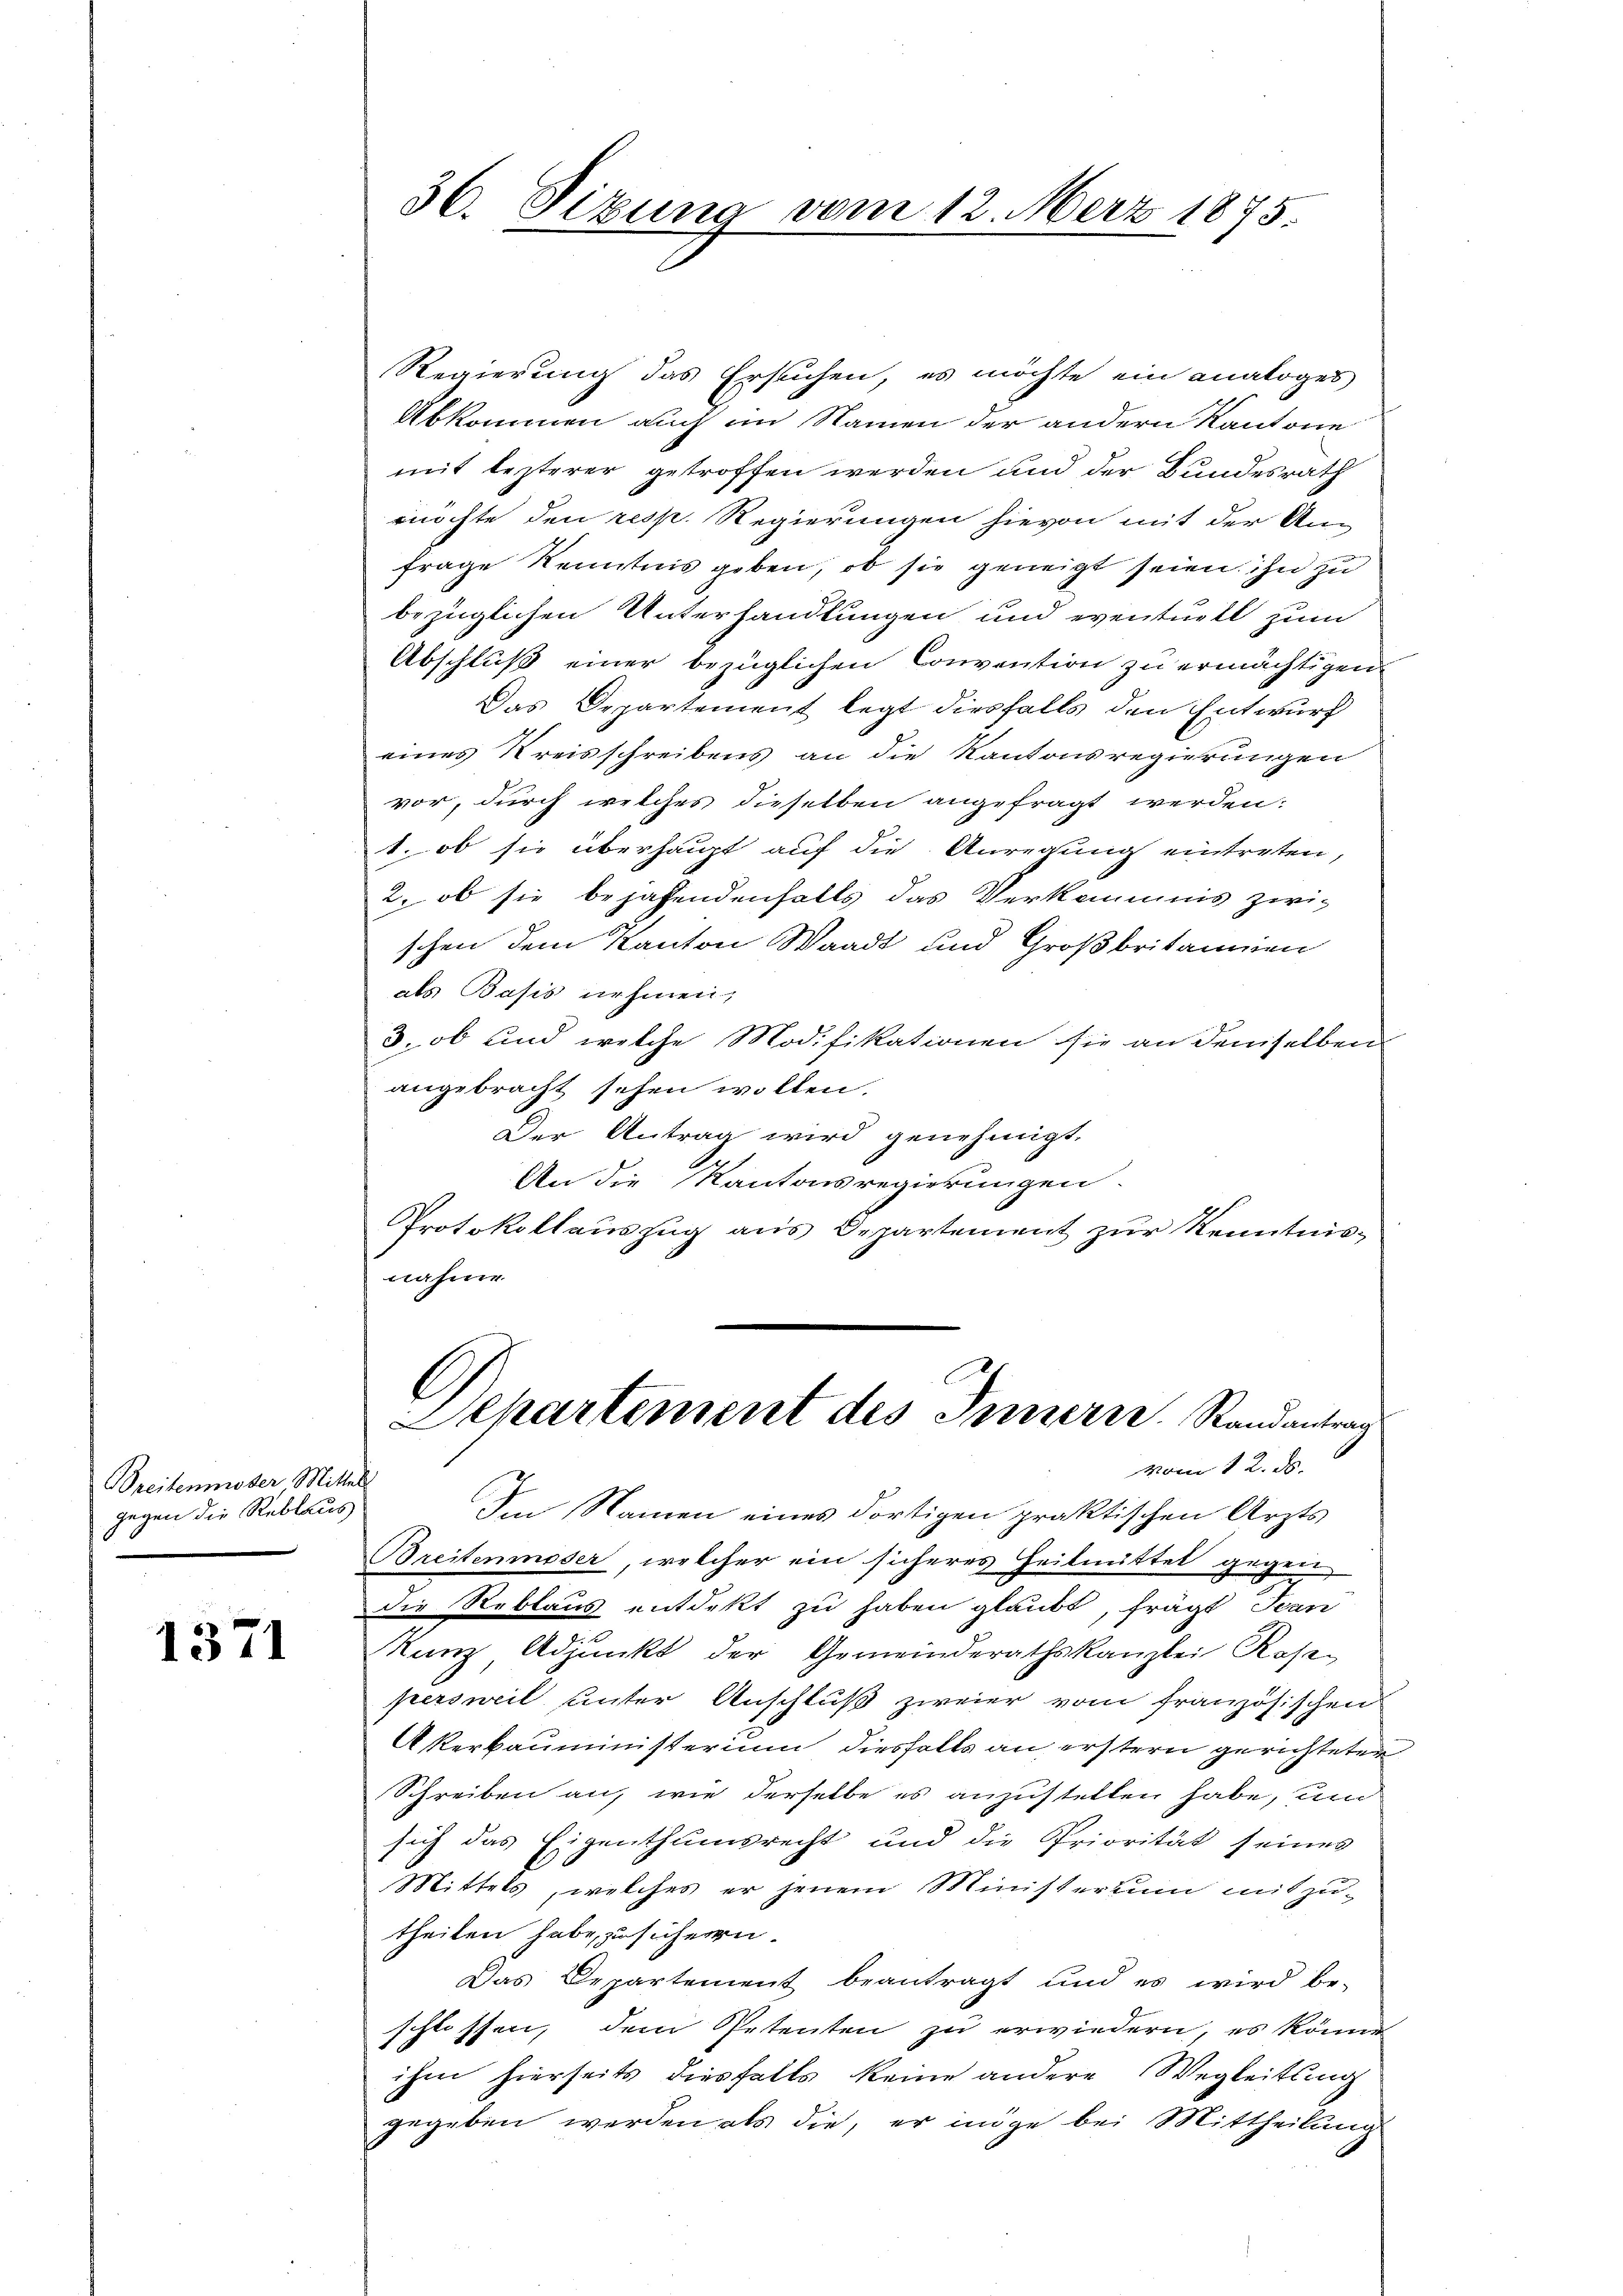
Treitenmoser Mittel
gegen die Reblaus

1371

36. Sizung vom 12. März 1875.

Regierung das Ersuchen, es möchte ein analoges
Abkommen auch im Namen der andern Kantone
mit lezterer getroffen werden und der Bundesrath
möchte den resp. Regierungen hievon mit der An-
frage Kenntnis geben, ob sie geneigt seien ihn zu
bezüglichen Unterhandlungen und eventuell zum
Abschluß einer bezüglichen Convention zu ermächtigen
Das Departement legt diesfalls den Entwurf
eines Kreisschreibens an die Kantonsregierungen
vor, durch welches dieselben angefragt werden.
1. ob sie überhaupt auf die Anregung eintreten,
2. ob sie bejahendenfalls das Verkommnis zwi-
schen dem Kanton Waadt und Großbritannien
als Basis nehmen,
3. ob und welche Modifikationen sie an demselben
angebracht sehen wollen.
Der Antrag wird genehmigt,
An die Kantonsregierungen.
Protokollauszug aus Departement zur Kenntnisnahme
l
Departement des Innern. Randantrag
vom 12. ds.
Im Namen eines dortigen praktischen Arzts
Breitenmoser, welcher ein sicheres Heilmittel gegen
die Reblaus entdekt zu haben glaubt, frägt Jean
Kunz Adjunkt der Gemeinderathskanzlei Rasepersweil unter Anschluß zweier vom französischen
Akerbauministerium diesfalls an erstern gerichteten
Schreiben an, wie derselbe es anzustellen habe, und
sich das Eigenthumsrecht und die Priorität seines
Mittels, welches er jenem Ministerium mitzu-
theilen habe, zu sichern
Das Departement beantragt und es wird be-
schlossen, dem Petenten zu erwiedern, es könne
ihm hierseits diesfalls keine andere Wegleitung
gegeben werden als die, er möge bei Mittheilung